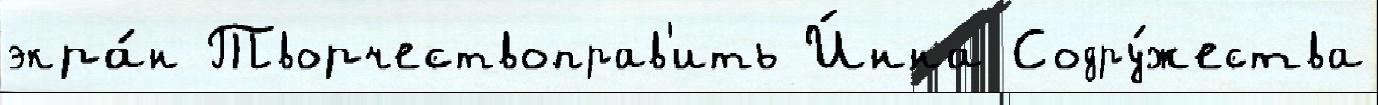
экра́н Творчествоправ'ить И́нна Содру́жества